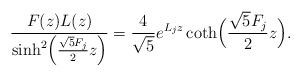
LaTeX: \begin{align*}\frac{F(z)L(z)}{\sinh^2\!\Big ( \frac{\sqrt{5}F_j}{2} z\Big )} = \frac{4}{\sqrt{5}} e^{L_j z} \coth\!\Big ( \frac{\sqrt{5}F_j}{2} z\Big ).\end{align*}